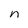
Character: n